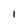
Character: I